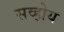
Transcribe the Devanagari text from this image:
सव्होय